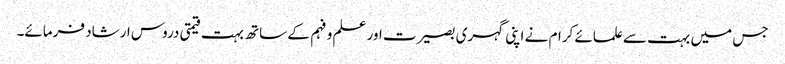
جس میں بہت سے علمائے کرام نے اپنی گہری بصیرت اور علم و فہم کے ساتھ بہت قیمتی دروس ارشاد فرمائے۔